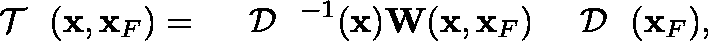
\begin{array} { r } { { { { \mathrm { ~ \boldmath ~ { ~ \cal ~ T ~ } ~ } } } } ( { \bf x } , { \bf x } _ { F } ) = { { { \mathrm { ~ \boldmath ~ { ~ \cal ~ D ~ } ~ } } } } ^ { - 1 } ( { \bf x } ) { \bf W } ( { \bf x } , { \bf x } _ { F } ) { { { { \mathrm { ~ \boldmath ~ { ~ \cal ~ D ~ } ~ } } } } } ( { \bf x } _ { F } ) , } \end{array}